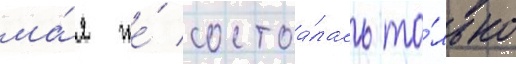
ма́я же́ состоа́лась то́лько